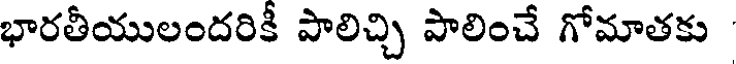
భారతీయులందరికీ పాలిచ్చి పాలించే గోమాతకు